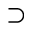
\supset